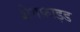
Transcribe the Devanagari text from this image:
शेगफ्राइड